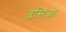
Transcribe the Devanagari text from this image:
ब्लेसिओ